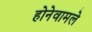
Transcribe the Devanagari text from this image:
होनेवामले